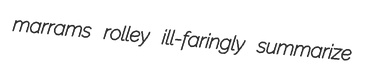
marrams rolley ill-faringly summarize